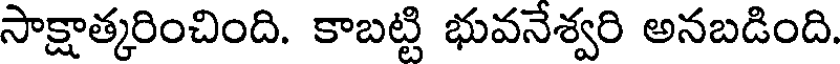
సాక్షాత్కరించింది. కాబట్టి భువనేశ్వరి అనబడింది.